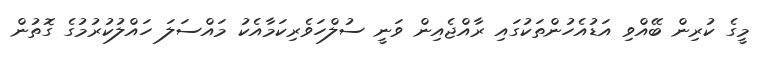
މީގެ ކުރިން ބޭއްވި އަޑުއެހުންތަކުގައި ރާއްޖެއިން ވަނީ ސުލްހަވެރިކަމާއެކު މައްސަލަ ހައްލުކުރުމުގެ ގޮތުން